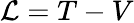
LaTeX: {\cal{L}}=T-V